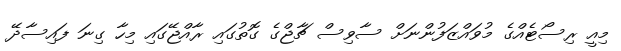
މިއީ ރިސޯޓެއްގެ މުވައްޒަފުންނަށް ސާވިސް ޗާޖްގެ ގޮތުގައި ރާއްޖޭގައި މިހާ ގިނަ ފައިސާދޭ